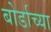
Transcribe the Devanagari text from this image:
बोर्डाच्‍या